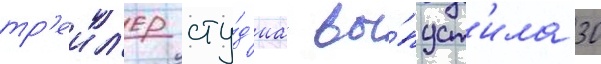
тр'еил'ер сту́д'иа вы́пуст'ила 30